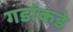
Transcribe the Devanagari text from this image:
गडांकडे